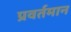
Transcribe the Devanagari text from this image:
प्रवर्तमान